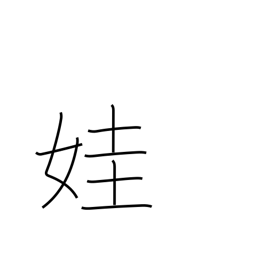
Meaning: beautiful